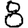
Digit: 8